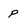
Character: p